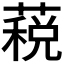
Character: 𮑏